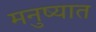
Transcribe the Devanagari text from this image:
मनुष्यात